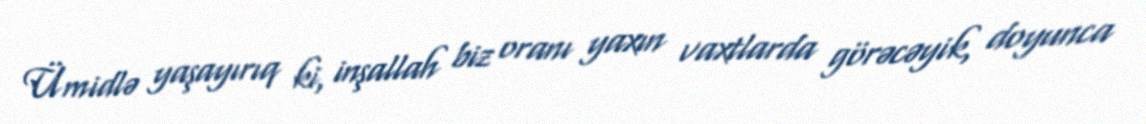
Ümidlə yaşayırıq ki, inşallah biz oranı yaxın vaxtlarda görəcəyik, doyunca